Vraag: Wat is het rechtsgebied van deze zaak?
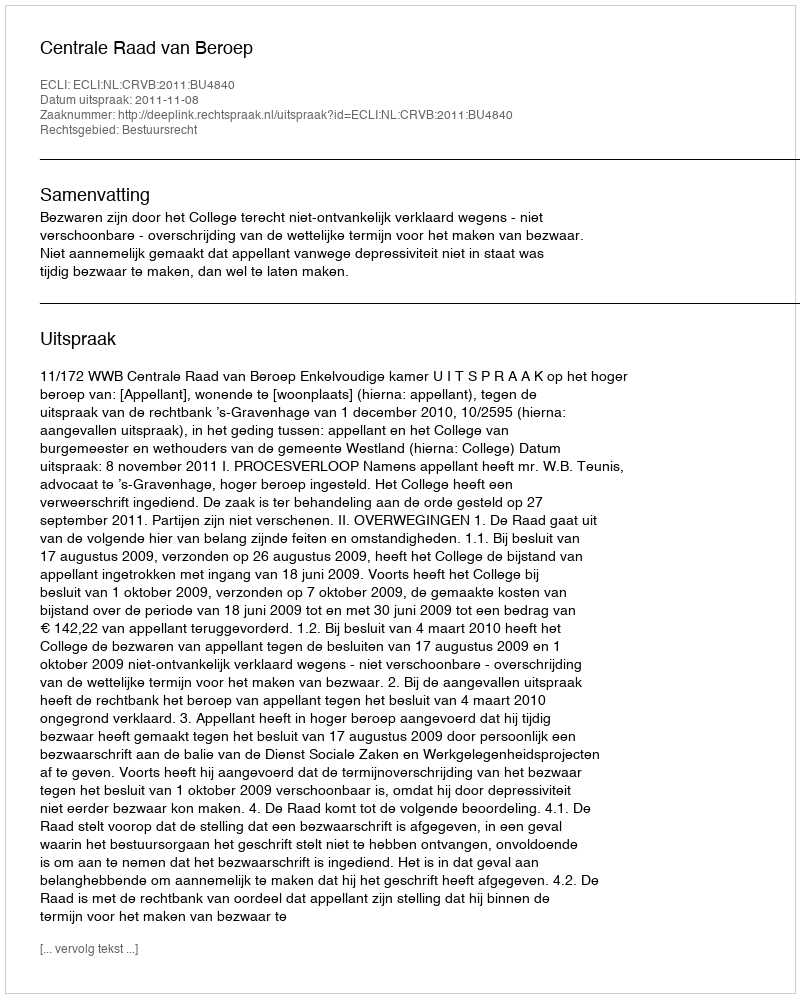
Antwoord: Bestuursrecht